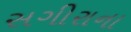
સગીરાના